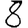
Digit: 8